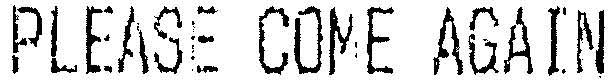
PLEASE COME AGAIN